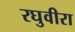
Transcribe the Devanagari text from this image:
रघुवीरा